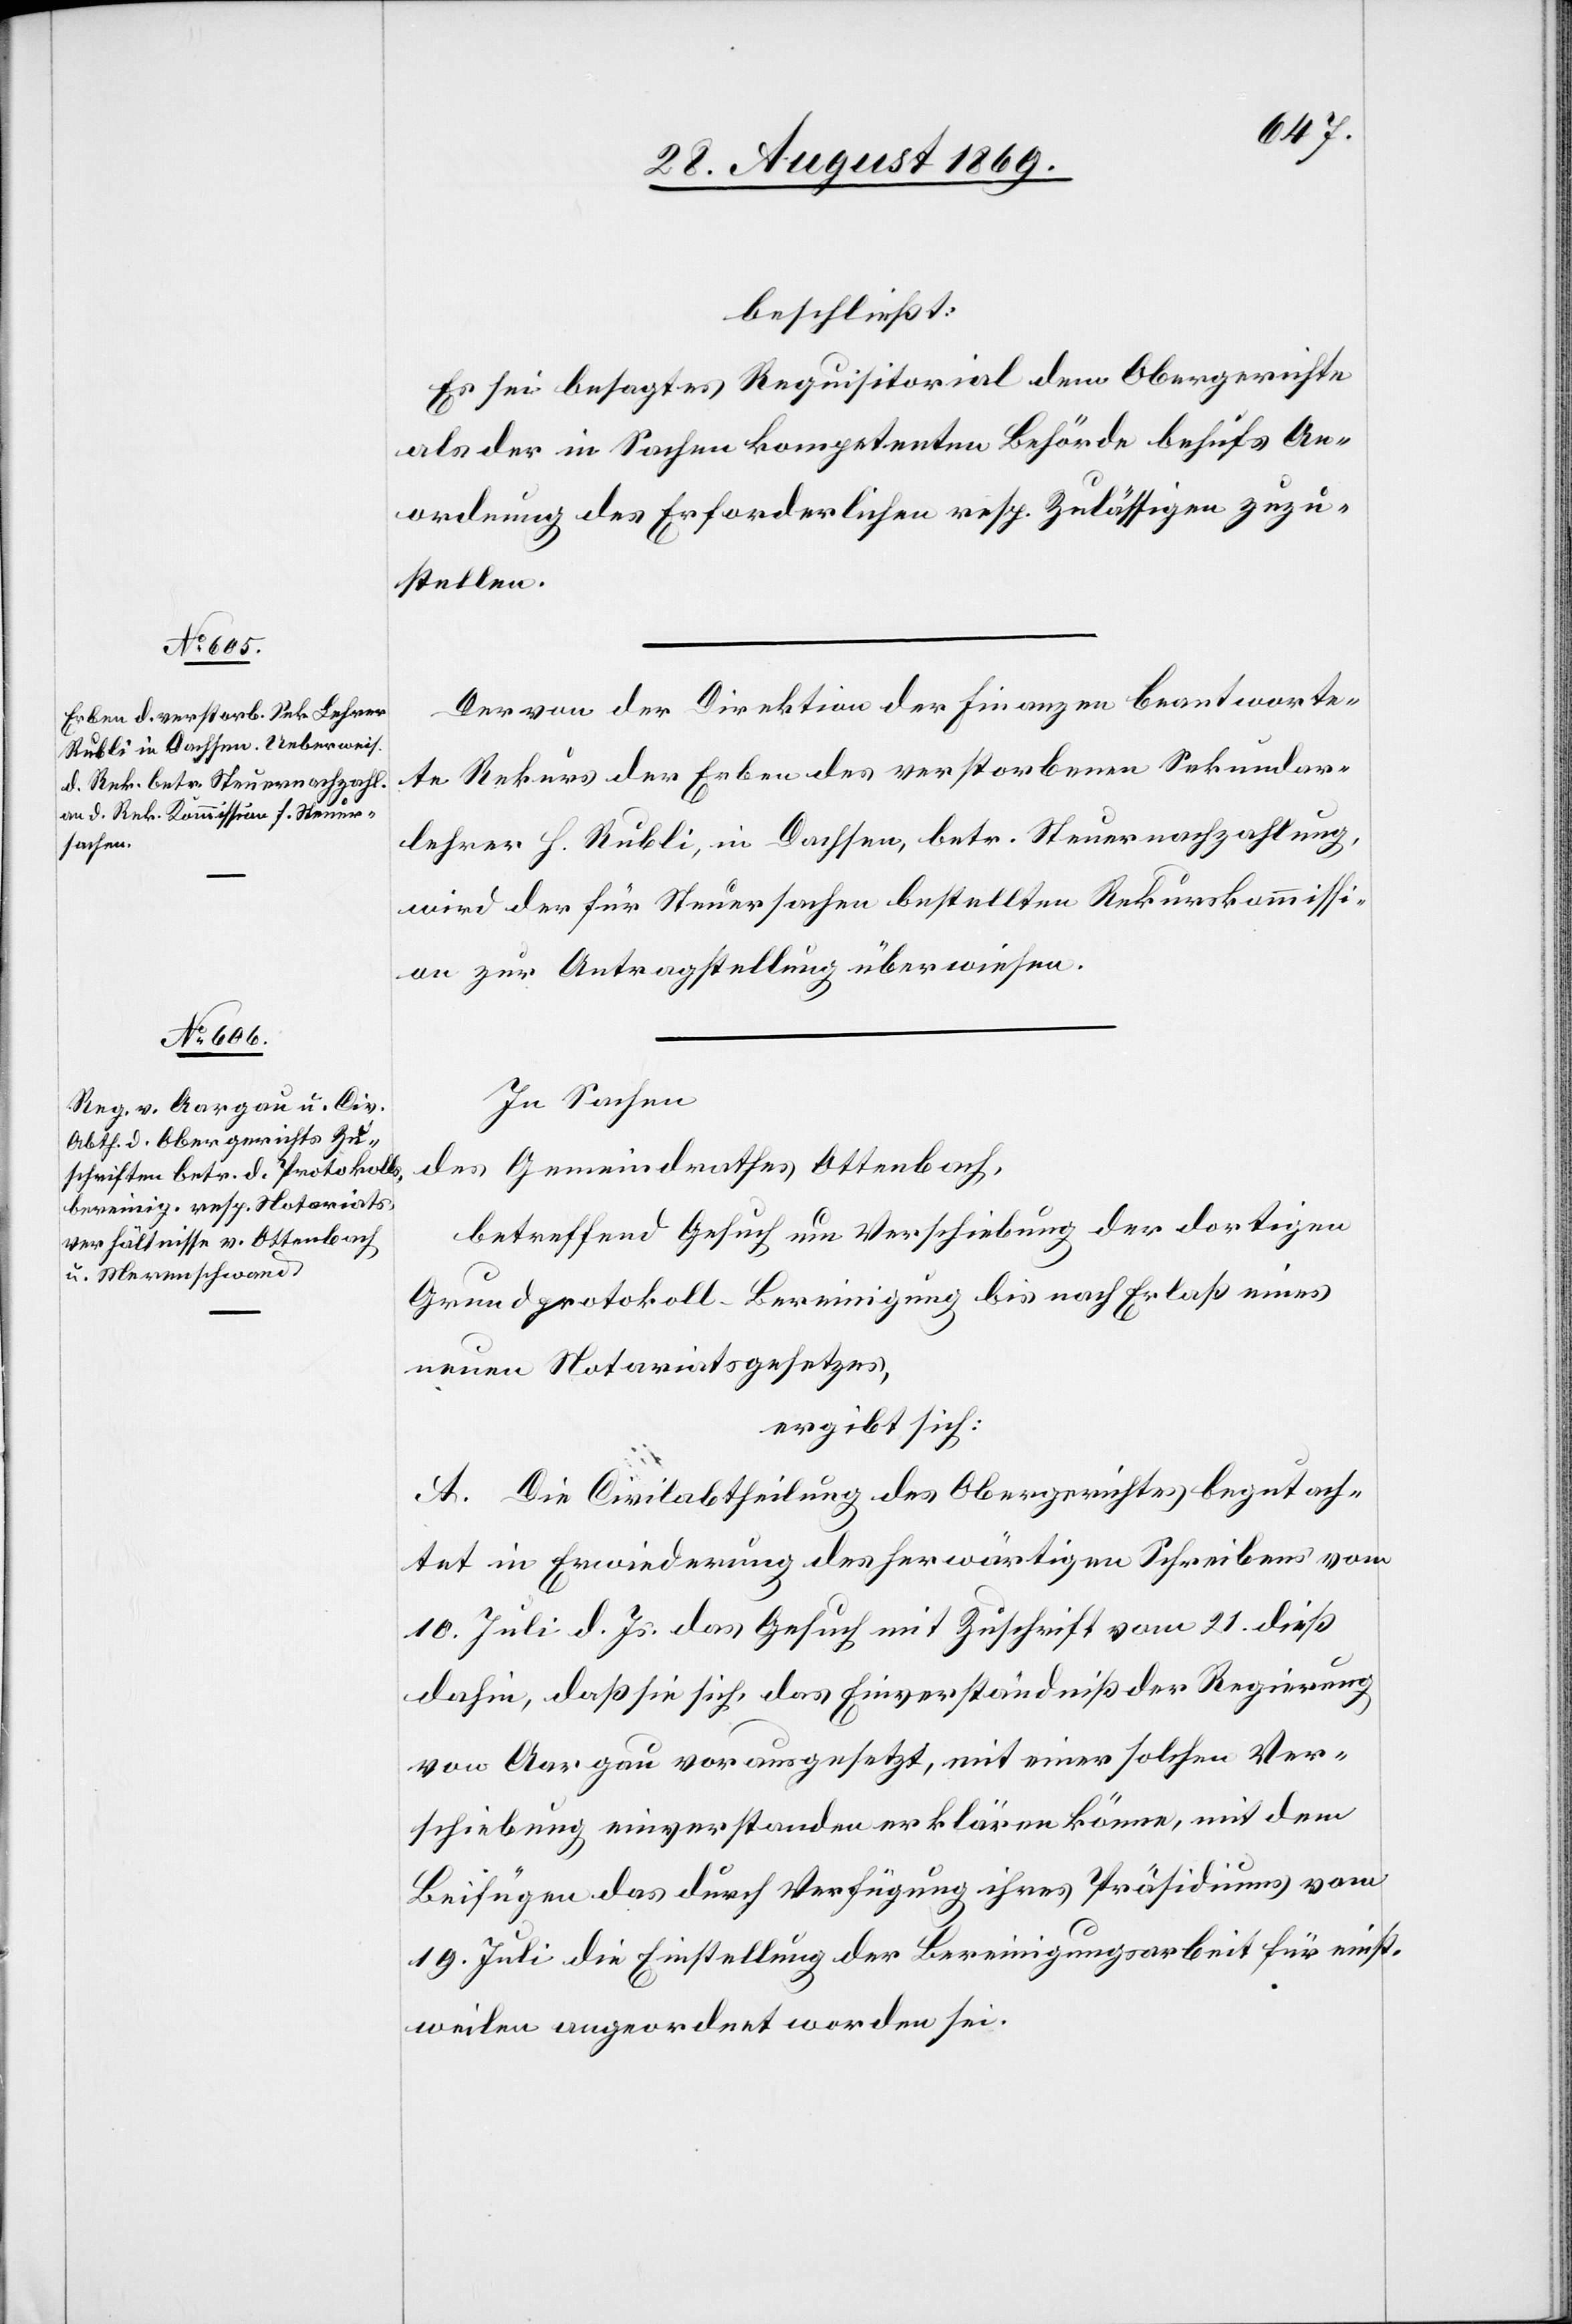
beschließt:
Es sei besagtes Requisitorial dem Obergerichte
als der in Sachen kompetenten Behörde behufs An¬
ordnung des Erforderlichen resp. Zulässigen zuzu¬
stellen.
Der von der Direktion der Finanzen beantworte¬
te Rekurs der Erben des verstorbenen Sekundar¬
lehrer H. Rubli, in Dachsen, betr. Steuernachzahlung,
wird der für Steuersachen bestellten Rekurskommissi¬
on zur Antragstellung überwiesen.
In Sachen
des Gemeindrathes Ottenbach,
betreffend Gesuch um Verschiebung der dortigen
Grundprotokoll-Bereinigung bis nach Erlaß eines
neuen Notariatsgesetzes,
ergibt sich:
A. Die Civilabtheilung des Obergerichtes begutach¬
tet in Erwiederung des herwärtigen Schreibens vom
10. Juli d. Js. das Gesuch mit Zuschrift vom 21. dieß
dahin, daß sie sich, das Einverständniß der Regierung
von Aargau vorausgesetzt, mit einer solchen Ver¬
schiebung einverstanden erklären könne, mit dem
Beifügen das [sic!] durch Verfügung ihres Präsidiums vom
19. Juli die Einstellung der Bereinigungsarbeit für einst¬
weilen angeordnet worden sei.